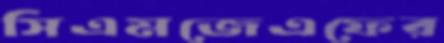
সিএমজেএফের